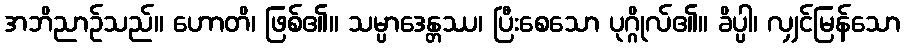
အဘိညာဉ်သည်။ ဟောတိ၊ ဖြစ်၏။ သမ္ပာဒေန္တဿ၊ ပြီးစေသော ပုဂ္ဂိုလ်၏။ ခိပ္ပါ၊ လျှင်မြန်သော